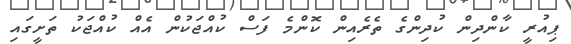
ޕިއުރީ ކާންދިން ކުދިންގެ ތެރެއިން ކޮންމެ ފަސް ކުއްޖަކުން އެއް ކުއްޖަކު ތަށީގައި